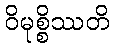
ဝိမုစ္စိဿတိ